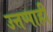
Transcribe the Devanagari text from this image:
उत्तप्पाही